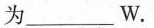
为___W.